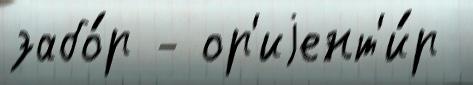
забо́р - ор'иjент'и́р